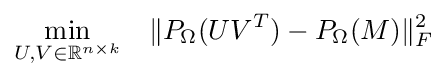
{\begin{aligned}&{\underset {U,V\in \mathbb {R} ^{n\times k}}{\text{min}}}&\|P_{\Omega }(UV^{T})-P_{\Omega }(M)\|_{F}^{2}\\\end{aligned}}